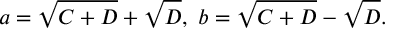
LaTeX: a = \sqrt { C + D } + \sqrt { D } , \ b = \sqrt { C + D } - \sqrt { D } .